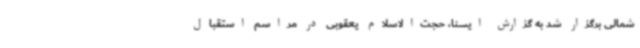
شمالی برگزار شد به گزارش ایسنا، حجت‌الاسلام یعقوبی در مراسم استقبال